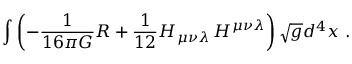
\int \left( - { \frac { 1 } { 1 6 \pi G } } R + { \frac { 1 } { 1 2 } } H _ { \mu \nu \lambda } \, H ^ { \mu \nu \lambda } \right) \sqrt { g } d ^ { 4 } x \, \, . \nonumber